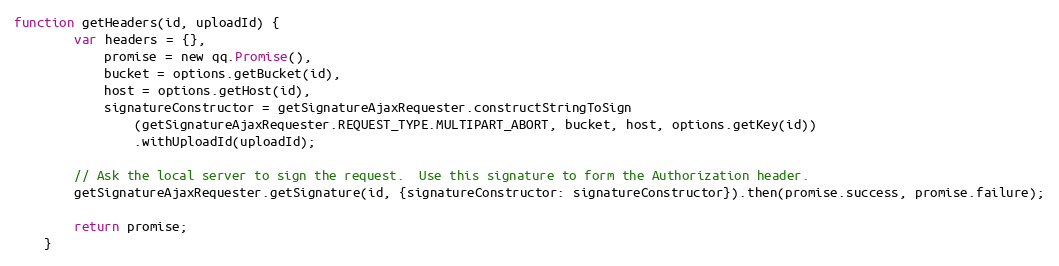
Language: JavaScript
function getHeaders(id, uploadId) {
        var headers = {},
            promise = new qq.Promise(),
            bucket = options.getBucket(id),
            host = options.getHost(id),
            signatureConstructor = getSignatureAjaxRequester.constructStringToSign
                (getSignatureAjaxRequester.REQUEST_TYPE.MULTIPART_ABORT, bucket, host, options.getKey(id))
                .withUploadId(uploadId);

        // Ask the local server to sign the request.  Use this signature to form the Authorization header.
        getSignatureAjaxRequester.getSignature(id, {signatureConstructor: signatureConstructor}).then(promise.success, promise.failure);

        return promise;
    }